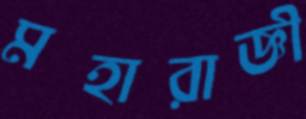
মহারাজ্ঞী